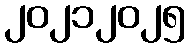
၂၀၂၁၂၀၂၅